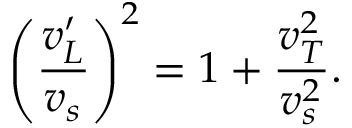
\left( \frac { v _ { L } ^ { \prime } } { v _ { s } } \right) ^ { 2 } = 1 + \frac { v _ { T } ^ { 2 } } { v _ { s } ^ { 2 } } .